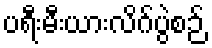
ပရီးမီးယားလိဂ်ပွဲစဉ်